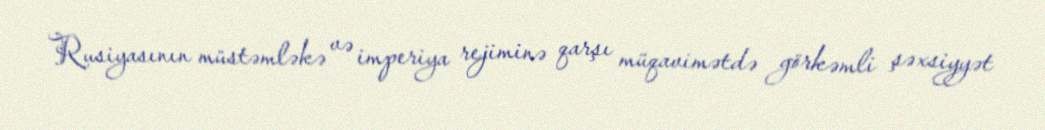
Rusiyasının müstəmləkə və imperiya rejiminə qarşı müqavimətdə görkəmli şəxsiyyət